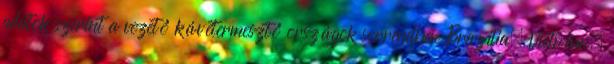
adatok szerint a vezető kávétermesztő országok sorrendben Brazília, Vietnám,